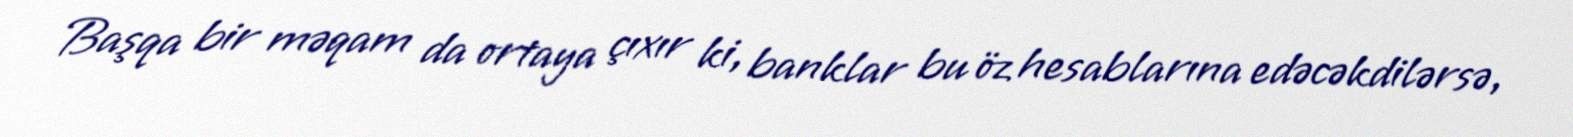
Başqa bir məqam da ortaya çıxır ki, banklar bu öz hesablarına edəcəkdilərsə,